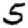
Digit: 5